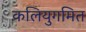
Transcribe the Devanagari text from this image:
कलियुगमित